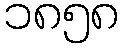
၁၈၅၈